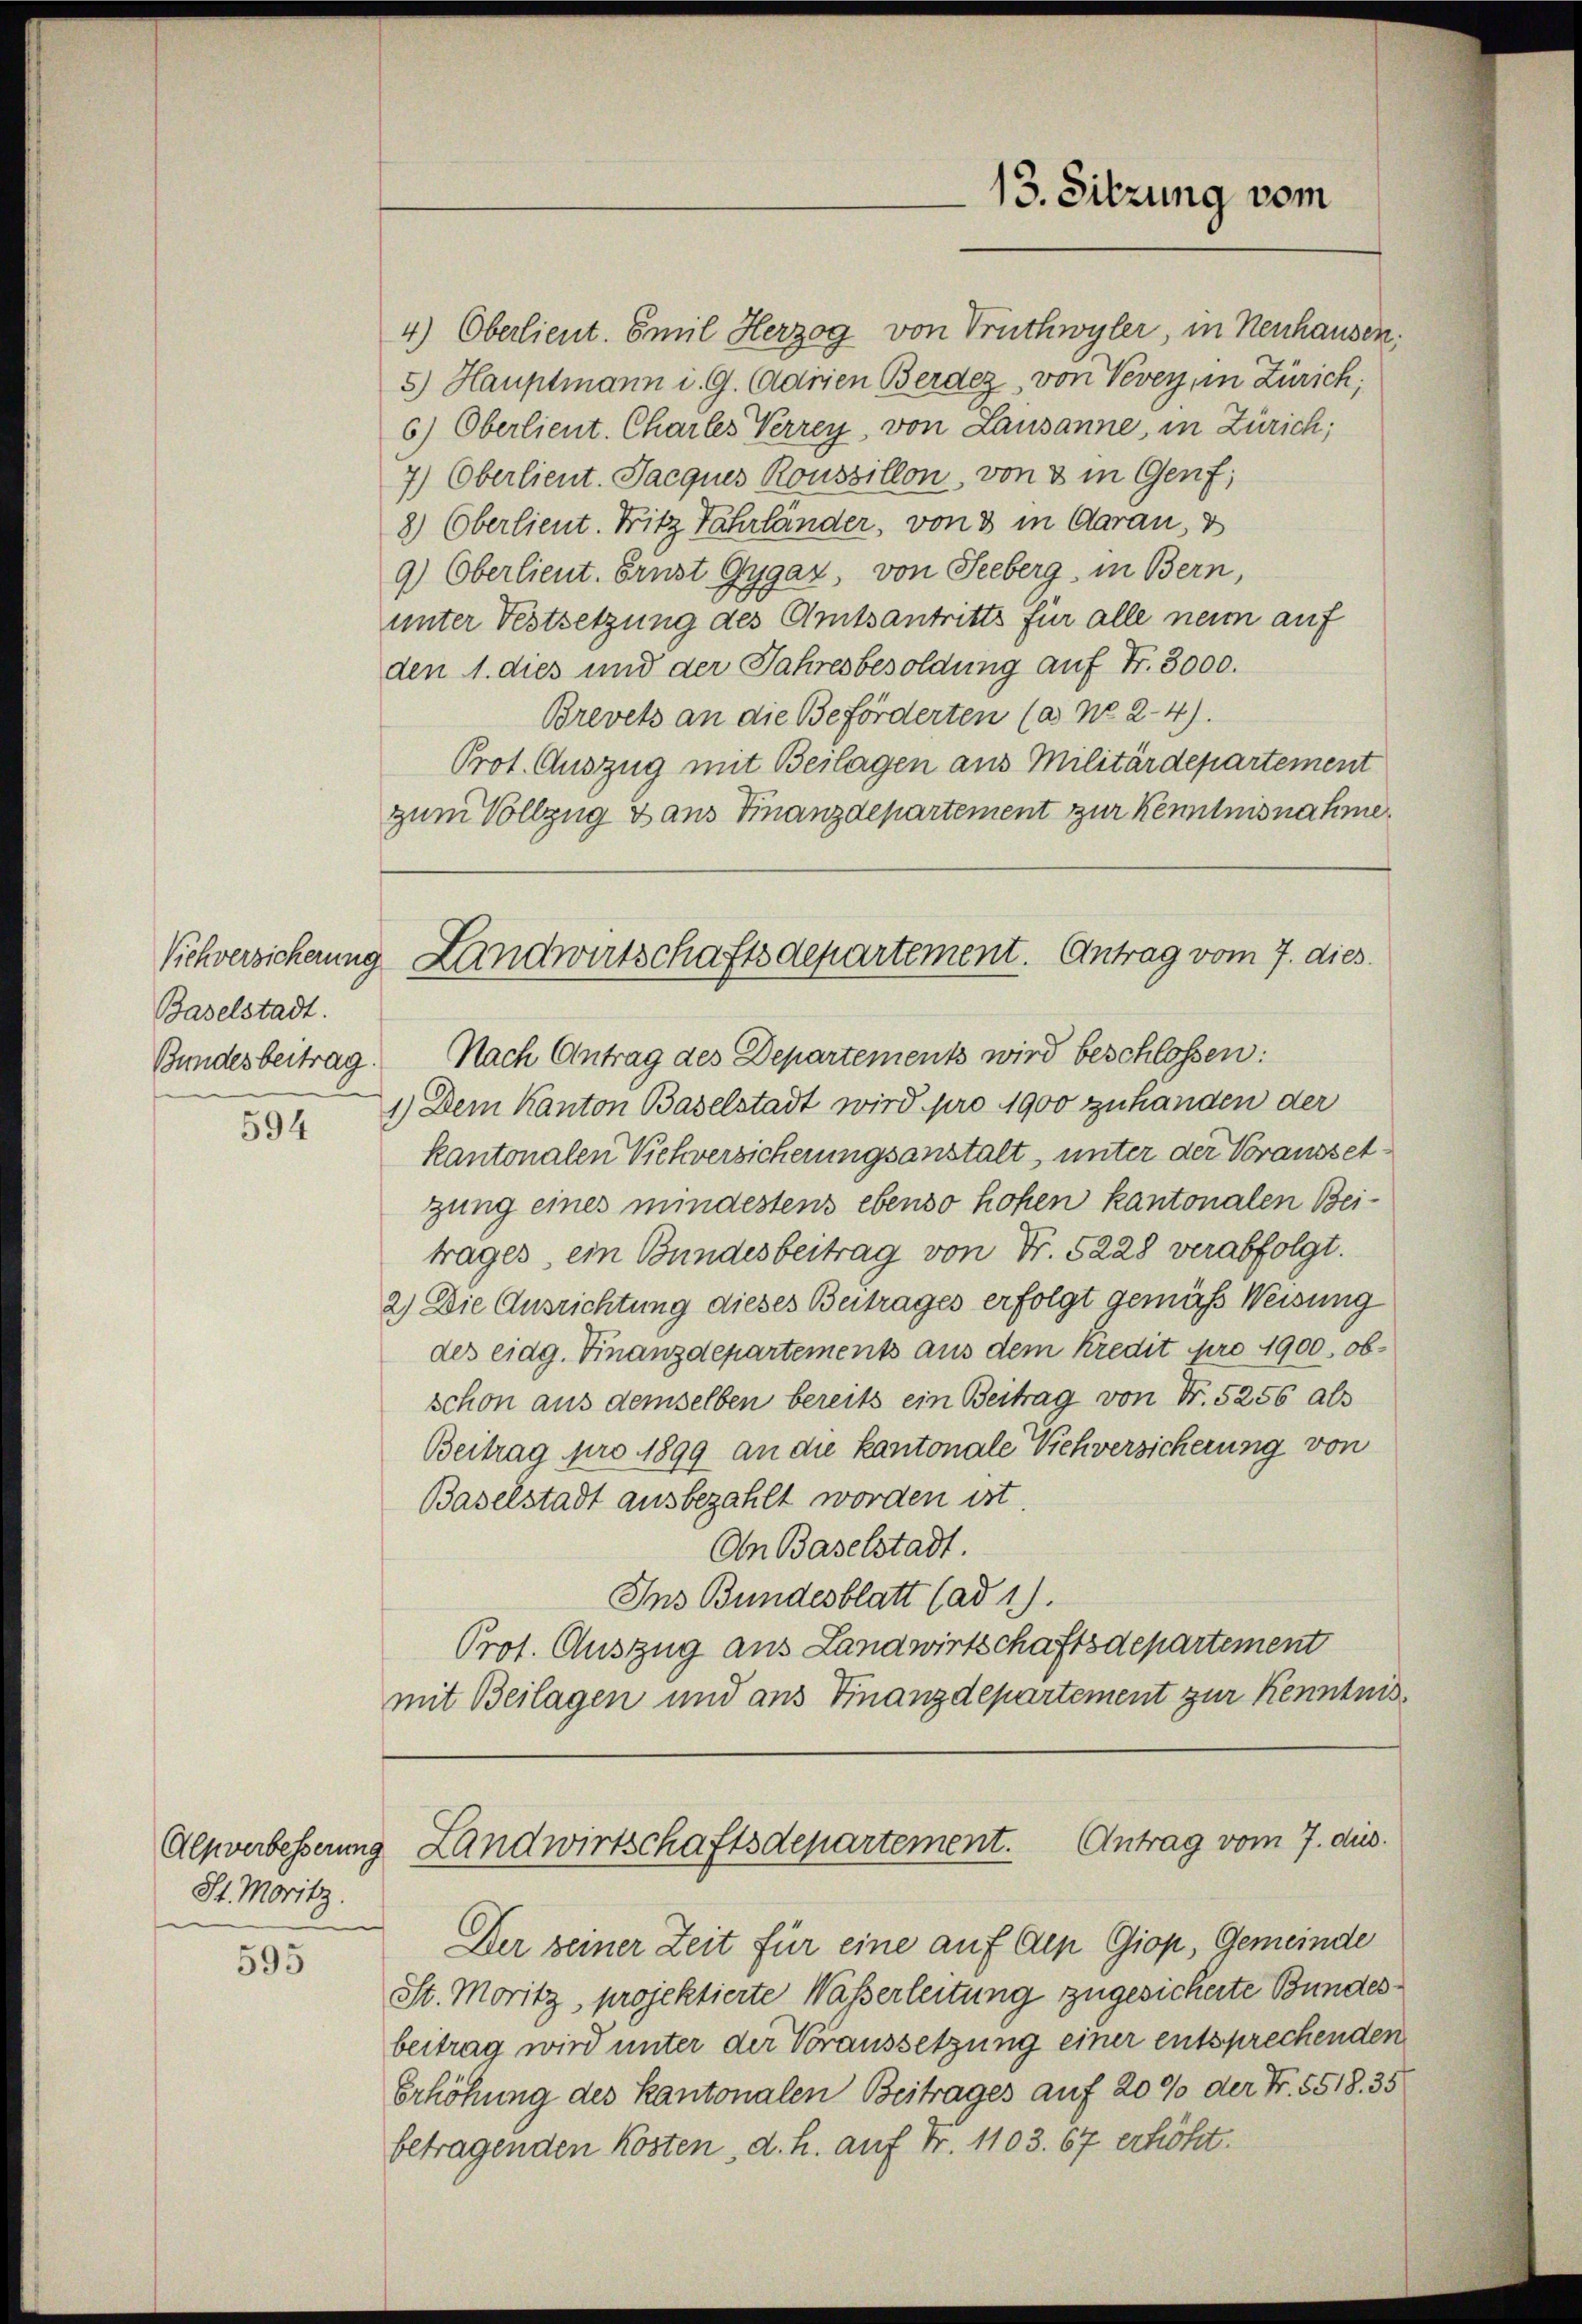
Viehversicherung
Baselstadt.
Bundesbeitrag.
594

Alpverbesserung
St. Moritz.

595

13. Sitzung vom

Landwirtschaftsdepartement. Antrag vom 7. dies

4.) Oberlieut. Emil Herzog von Trüthwyler, in Neuhausen.
5.) Hauptmann u. G. Adrien Berdez, von Vevey, in Zürich,
6) Oberlieut. Charles Verrey, von Lausanne, in Zürich;
7) Oberlieut. Jacques Roussillon, von & in Genf;
8) Oberlieut. Fritz Fahrländer, von 3 in Aarau, z
9) Oberlieut. Ernst Gygaz, von Seeberg, in Bern,
unter Festsetzung des Amtsantritts für alle neun auf
den 1. dies und der Jahresbesoldung auf Fr. 3000.
Brevets an die Beförderten (ad No 24).
Prot. Auszug mit Beilagen aus Militärdepartement
zum Vollzug dans Finanzdepartement zur Kenntnisnahme
Nach Antrag des Departements wird beschlossen:
1.) Dem Kanton Baselstadt wird pro 1900 zuhanden der
kantonalen Viehversicherungsanstalt, unter der Vorausset
gung eines mindestens ebenso hohen kantonalen Beitrages, ein Bundesbeitrag von Fr. 5228 verabfolgt.
2) Die Ausrichtung dieses Beitrages erfolgt gemäß Weisung
des eidg. Finanzdepartements aus dem Kredit pro 1900, obschon aus demselben bereits ein Beitrag von Nr. 5256 als
Beitrag pro 1899 an die kantonale Viehversicherung von
Baselstadt ausbezahlt worden ist.
On Baselstadt.
Ins Bundesblatt (ad 1).
Prof. Auszug aus Landwirtschaftsdepartement
mit Beilagen und aus Finanzdepartement zur Kenntnis

Landwirtschaftsdepartement. Antrag vom 7. dus.

Der seiner Zeit für eine auf Alp Giop, Gemeinde
St. Moritz, projektierte Wasserleitung zugesicherte Bundesbeitrag wird unter der Voraussetzung einer entsprechenden
Erhöhung des Kantonalen Beitrages auf 20% der Fr. 5518. 35
betragenden Kosten, d. h. auf Fr. 1103. 67 erhöht.